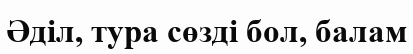
Әділ, тура сөзді бол, балам